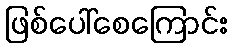
ဖြစ်ပေါ်စေကြောင်း